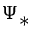
\Psi _ { * }